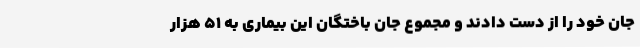
جان خود را از دست دادند و مجموع جان باختگان این بیماری به 51 هزار